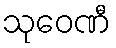
သုဝေဏီ